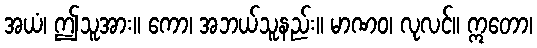
အယံ၊ ဤသူအား။ ကော၊ အဘယ်သူနည်း။ မာဏဝ၊ လုလင်။ ဣတော၊